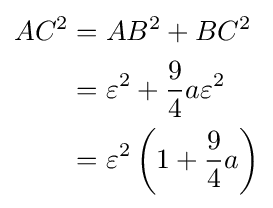
{\begin{aligned}AC^{2}&=AB^{2}+BC^{2}\\&=\varepsilon ^{2}+{9 \over 4}a\varepsilon ^{2}\\&=\varepsilon ^{2}\left(1+{9 \over 4}a\right)\end{aligned}}